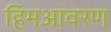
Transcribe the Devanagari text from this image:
हिमआवरण